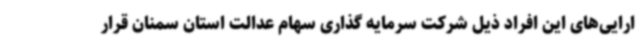
ارایی‌های این افراد ذیل شرکت سرمایه گذاری سهام عدالت استان سمنان قرار